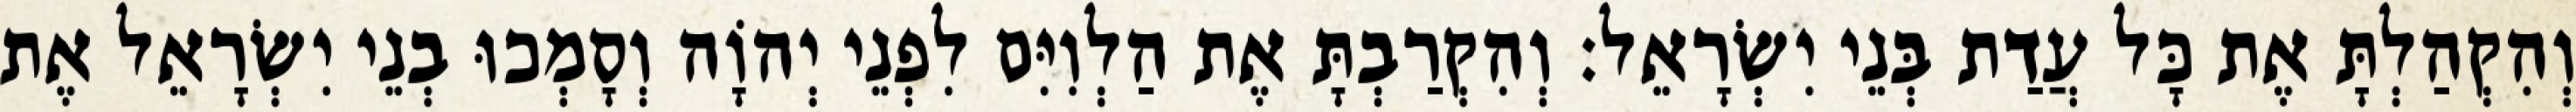
וְהִקְהַלְתָּ אֶת כָּל עֲדַת בְּנֵי יִשְׂרָאֵל׃ וְהִקְרַבְתָּ אֶת הַלְוִיִּם לִפְנֵי יְהוָֹה וְסָמְכוּ בְנֵי יִשְׂרָאֵל אֶת